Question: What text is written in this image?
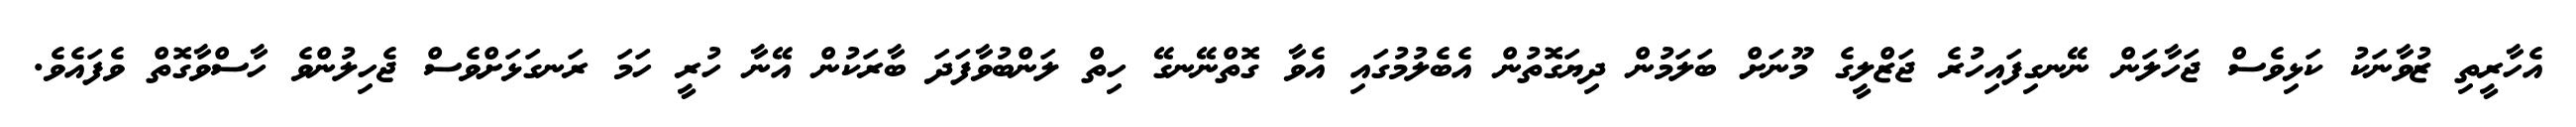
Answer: އެހާރީތި ޒުވާނަކު ކަޅިވެސް ޖަހާލަން ނޭނގިފައިހުރެ ޖަޒްލީގެ މޫނަށް ބަލަމުން ދިޔަގޮތުން އެބެލުމުގައި އެވާ ގޮތްނޭނގޭ ހިތް ލަންބުވާފަދަ ބާރަކުން އޭނާ ހުރީ ހަމަ ރަނގަޅަށްވެސް ޖެހިލުންވެ ހާސްވާގޮތް ވެފައެވެ.